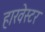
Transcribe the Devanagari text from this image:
हारवेस्टर